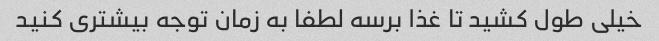
خیلى طول کشید تا غذا برسه لطفا به زمان توجه بیشترى کنید